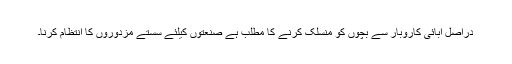
دراصل آبائی کاروبار سے بچوں کو منسلک کرنے کا مطلب ہے صنعتوں کیلئے سستے مزدوروں کا انتظام کرنا۔